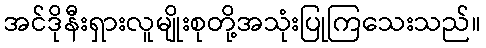
အင်ဒိုနီးရှားလူမျိုးစုတို့အသုံးပြုကြသေးသည်။